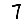
Digit: 7